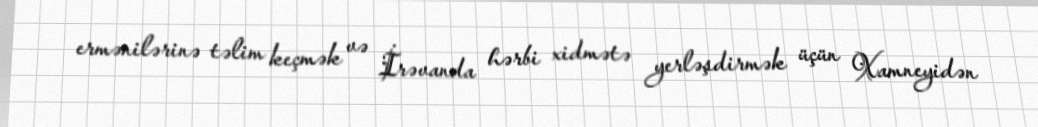
ermənilərinə təlim keçmək və İrəvanda hərbi xidmətə yerləşdirmək üçün Xamneyidən